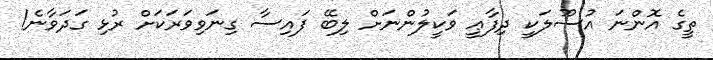
ތީގެ އޮންނަ އުސޫލަކީ ދިފާޢީ ވަކީލުންނަށް ލިބޭ ފައިސާ ގިނަވިވަރަކަށް ރުޅި ގަދަވާނެ!